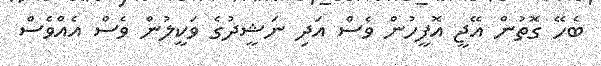
ބެހޭ ގޮތުން އޭޖީ އޮފީހުން ވެސް އަދި ނަޝީދުގެ ވަކީލުން ވެސް އެއްވެސް